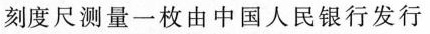
刻度尺测量一枚由中国人民银行发行